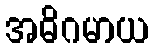
အဓိဂမာယ